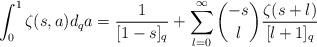
LaTeX: \begin{align*}\int_0^1\zeta(s,a)d_qa=\frac{1}{[1-s]_q}+\sum_{l=0}^\infty\binom{-s}{l}\frac{\zeta(s+l)}{[l+1]_q}\end{align*}